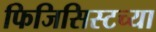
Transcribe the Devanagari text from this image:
फिजिसिस्टच्या